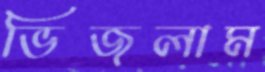
ভিজলাম